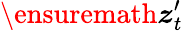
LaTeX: \ensuremath{\boldsymbol{z}}_{t}^{\prime}